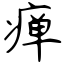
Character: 瘅